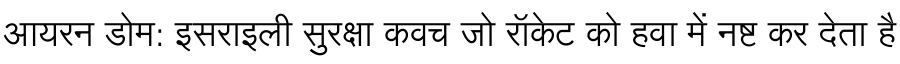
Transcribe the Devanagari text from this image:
आयरन डोम: इसराइली सुरक्षा कवच जो रॉकेट को हवा में नष्ट कर देता है